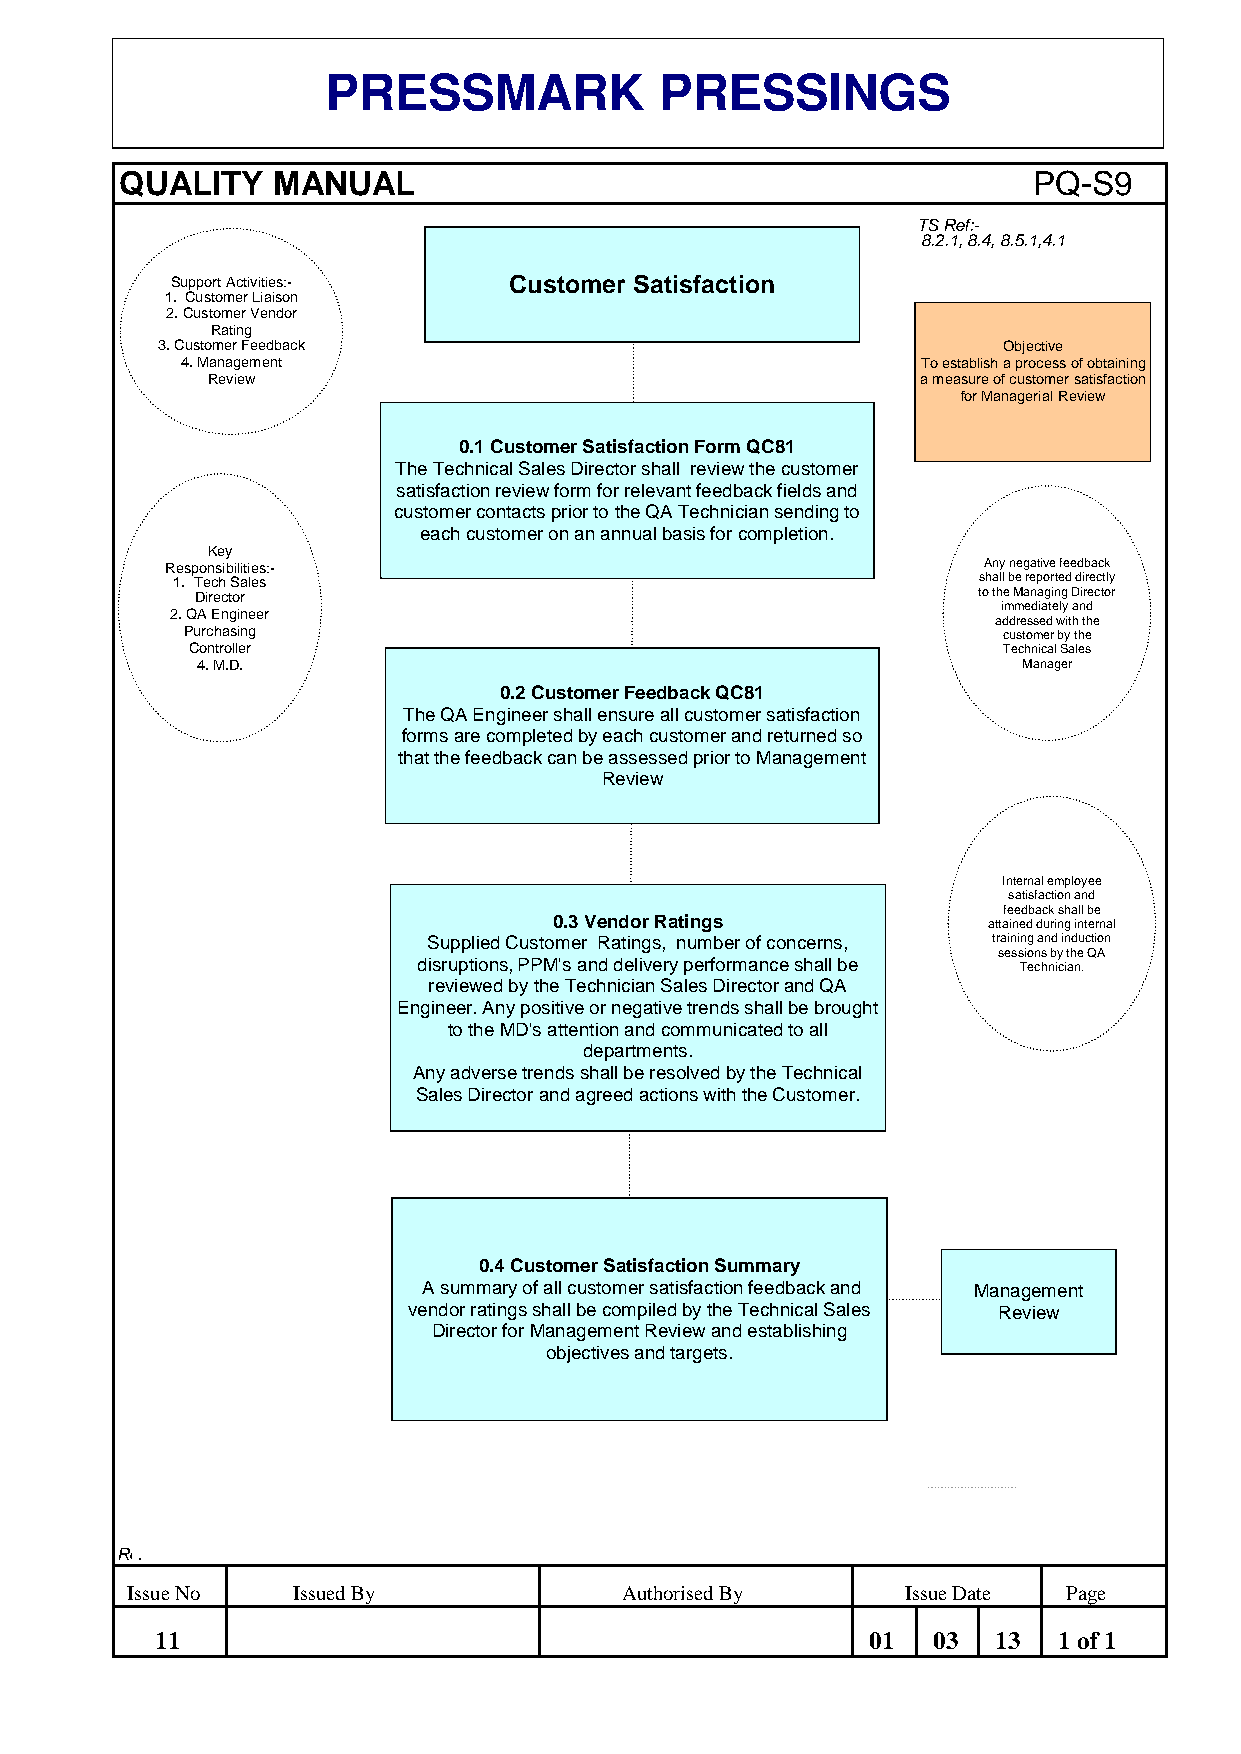
PRESSMARK             PRESSINGS
 QUALITY   MANUAL                                            PQ-S9
 TS Ref:-
 8.2.1, 8.4, 8.5.1,4.1
 Support Activities:-   Customer Satisfaction
 1. Customer Liaison
 2. Customer Vendor
 Rating
 3. Customer Feedback                                    Objective
 4. Management                                    To establish a process of obtaining
 Review                                         a measure of customer satisfaction
 for Managerial Review
 0.1 Customer Satisfaction Form QC81
 The Technical Sales Director shall review the customer
 satisfaction review form for relevant feedback fields and
 customer contacts prior to the QA Technician sending to
 each customer on an annual basis for completion.
 Key
 Responsibilities:-                                    Any negative feedback
 1. Tech Sales                                         shall be reported directly
 Director                                            to the Managing Director
 immediately and
 2. QA Engineer
 addressed with the
 Purchasing                                            customer by the
 Controller                                            Technical Sales
 4. M.D.                                                Manager
 0.2 Customer Feedback QC81
 The QA Engineer shall ensure all customer satisfaction
 forms are completed by each customer and returned so
 that the feedback can be assessed prior to Management
 Review
 Internal employee
 satisfaction and
 feedback shall be
 0.3 Vendor Ratings          attained during internal
 Supplied Customer Ratings, number of concerns, training and induction
 sessions by the QA
 disruptions, PPM's and delivery performance shall be Technician.
 reviewed by the Technician Sales Director and QA
 Engineer. Any positive or negative trends shall be brought
 to the MD's attention and communicated to all
 departments.
 Any adverse trends shall be resolved by the Technical
 Sales Director and agreed actions with the Customer.
 0.4 Customer Satisfaction Summary
 A summary of all customer satisfaction feedback and Management
 vendor ratings shall be compiled by the Technical Sales Review
 Director for Management Review and establishing
 objectives and targets.
 Re.ference QMS Instruction
 Issue No   Issued By             Authorised By      Issue Date Page
 11                                             01   03  13  1 of 1